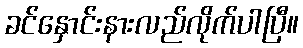
ခင်နှောင်းနားလည်လိုက်ပါပြီ။